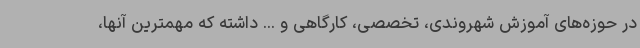
در حوزه‌های آموزش شهروندی، تخصصی، کارگاهی و ... داشته که مهمترین آنها،